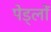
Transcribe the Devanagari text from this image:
पेड्लों